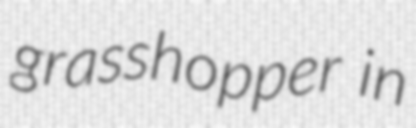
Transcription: grasshopper in